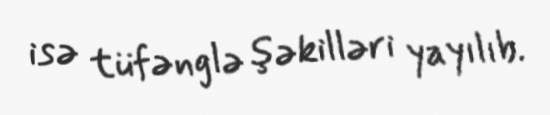
isə tüfənglə şəkilləri yayılıb.